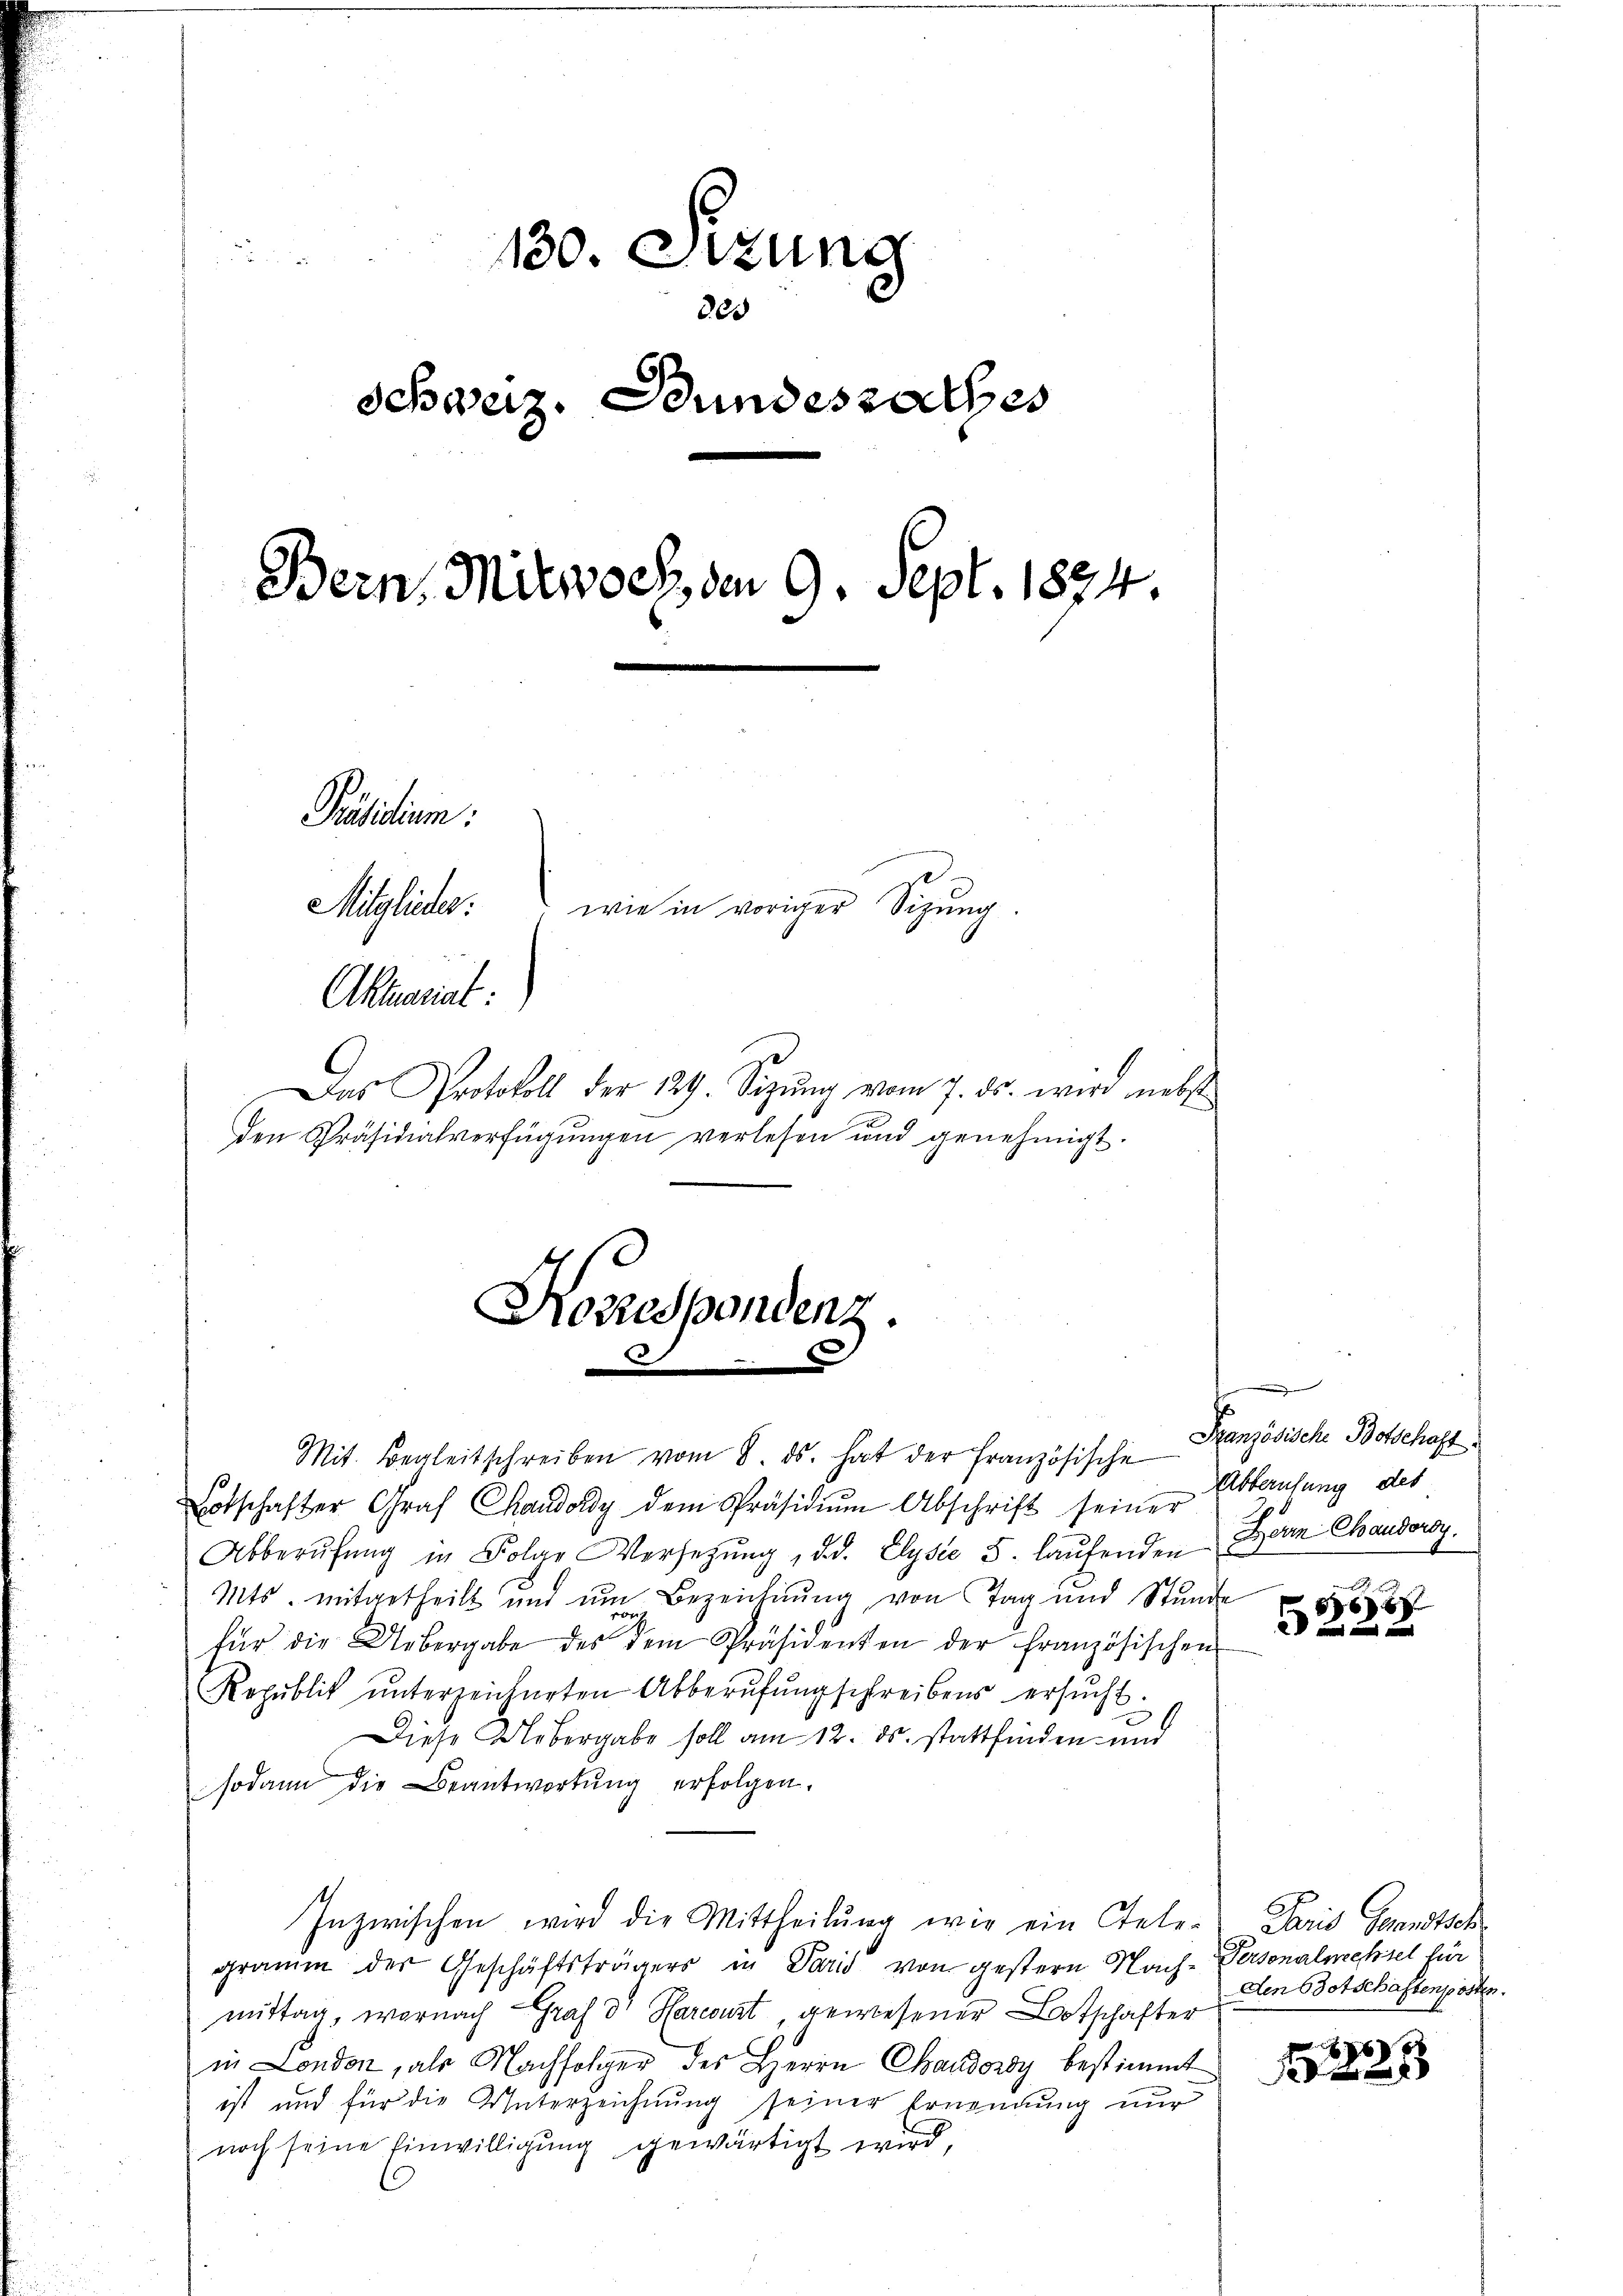
130. Stzung
205
Schweiz. Bundesrathes
Bern. Mitwoch, den 9. Sept. 1824.
Präsidium.
Mitglieder: wie in voriger Sizŭng.
Aktuariat:
Das Protokoll der 129. Sezŭng vom 7. ds. wird nebst
den Präsidialverfügungen verlesen und genehmigt.

Mit. Begleitschreiben vom 8. ds. hat der Französische
Botschafter Graf Chandordy dem Präsidiŭm Abschrift seiner
Abberŭfŭng in Folge Versetzŭng, d. d. Elysie 5. laŭfenden
Mts. mitgetheilt und um Bezeichnung von Tag und Stunde
für die Uebergabe des dem Präsidenten der französischen
Republik unterzeichneten Abberufung schreibens ersŭcht.
Diese Uebergabe soll am 12. ds. stattfinden und
sodann die Beantwortŭng erfolgen.
Inzwischen wird die Mittheilung wie ein stete. Paris Serentsch
gramm der Geschäftsträgers in Paris von gestern Nach-Versonalmechsel für
mittag, wornach Graf d' Harcoust, gewesener Botschafter
in London, als Nachfolger des Herrn Chaudonsy bestimmt
ist und für die Unterzeichnung seiner Ernennung nur
noch seine Einwilligung gewärtigt wird,

Rorespondenz.

Französische Botschaft
Abberufung des
Zorn Chaudorsy.

688

Den Botschaften posten.

6
x